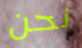
نحن